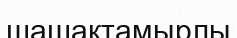
шашақтамырлы